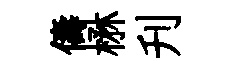
儔楙刋